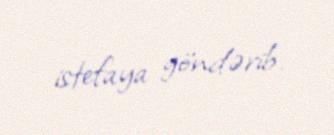
istefaya göndərib.